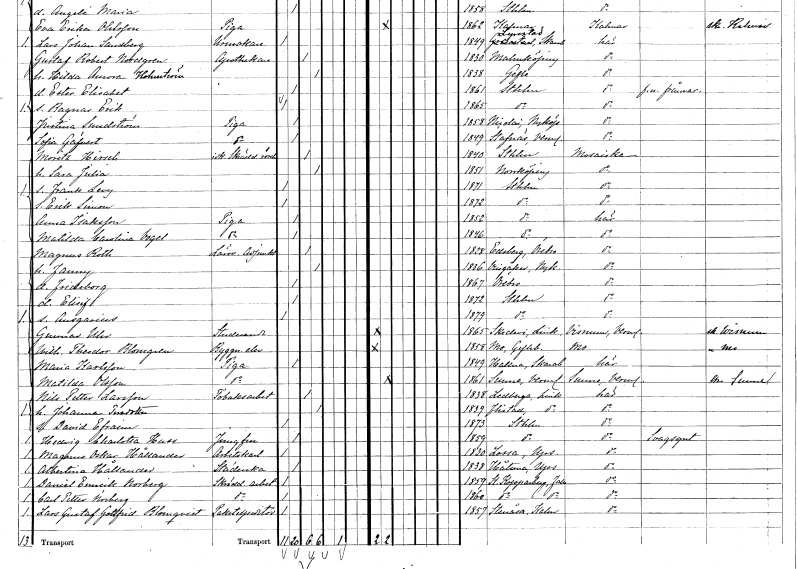
gt_parse: households: individuals: FN: Moritz
EN: Hirsch
YRKE: Skrädderiidkare
KON: M
CIV: G
FODAR: 1840
FODFORS: Stockholm
FN: Sara Julia
KON: K
CIV: G
FODAR: 1851
FODFORS: Norrköping Östergötlands län
FN: Frank Levy
KON: M
CIV: O
FODAR: 1871
FODFORS: Stockholm
FN: Erik Simon
KON: M
CIV: O
FODAR: 1872
FODFORS: Stockholm
FN: Anna
EN: Isaksson
YRKE: Piga
KON: K
CIV: O
FODAR: 1852
FODFORS: Stockholm
FN: Matilda Carolina
EN: Vogel
YRKE: Piga
KON: K
CIV: O
FODAR: 1846
FODFORS: Stockholm
FN: Magnus
EN: Roth
YRKE: Läroverksadjunkt
KON: M
CIV: G
FODAR: 1828
FODFORS: Edsberg Örebro län
FN: Fanny
KON: K
CIV: G
FODAR: 1836
FODFORS: Västra Vingåker Södermanlands län
FN: Frideborg
KON: K
CIV: O
FODAR: 1867
FODFORS: Örebro Örebro län
FN: Elisif
KON: K
CIV: O
FODAR: 1872
FODFORS: Stockholm
FN: Ansgarius
KON: M
CIV: O
FODAR: 1879
FODFORS: Stockholm
FN: Gunnar
EN: Uhr
YRKE: Studerande
KON: M
CIV: O
FODAR: 1865
FODFORS: Skedevi Östergötlands län
FN: Wilhelm Theodor
EN: Blomgren
YRKE: Byggnadselev
KON: M
CIV: O
FODAR: 1858
FODFORS: Mo Gävleborgs län
FN: Maria
EN: Karlsson
YRKE: Piga
KON: K
CIV: O
FODAR: 1849
FODFORS: Halna Skaraborgs län
FN: Matilda
EN: Olsson
YRKE: Piga
KON: K
CIV: O
FODAR: 1861
FODFORS: Sunne Värmlands län
FN: Nils Petter
EN: Larsson
YRKE: Tobaksarbetare
KON: M
CIV: G
FODAR: 1838
FODFORS: Ledberg Östergötlands län
FN: Johanna
EN: Persdotter
KON: K
CIV: G
FODAR: 1839
FODFORS: Flistad Östergötlands län
FN: David Efraim
KON: M
CIV: O
FODAR: 1873
FODFORS: Stockholm
FN: Hedvig Charlotta
EN: Huss
YRKE: Jungfru
KON: K
CIV: O
FODAR: 1859
FODFORS: Stockholm
FN: Magnus Oskar
EN: Hållander
YRKE: Arbetskarl
KON: M
CIV: O
FODAR: 1830
FODFORS: Låssa Stockholms län
FN: Albertina
EN: Hållander
YRKE: Städerska
KON: K
CIV: O
FODAR: 1838
FODFORS: Håtuna Stockholms län
FN: Daniel Emerik
EN: Norberg
YRKE: Skrädderiarbetare
KON: M
CIV: O
FODAR: 1859
FODFORS: Stora Kopparberg Kopparbergs län
FN: Carl Petter
EN: Norberg
YRKE: Skrädderiarbetare
KON: M
CIV: O
FODAR: 1860
FODFORS: Stora Kopparberg Kopparbergs län
FN: Lars Gustaf Gottfrid
EN: Blomqvist
YRKE: Paketexpeditör
KON: M
CIV: O
FODAR: 1857
FODFORS: Stenåsa Kalmar län